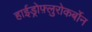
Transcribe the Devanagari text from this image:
हाईड्रोफ़्लुरोकर्बोन